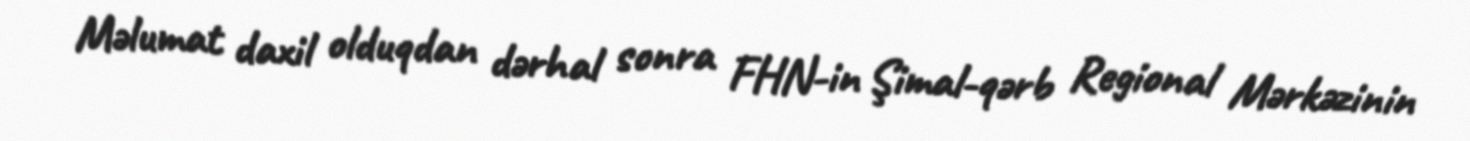
Məlumat daxil olduqdan dərhal sonra FHN-in Şimal-qərb Regional Mərkəzinin